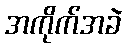
အကိုက်အခဲ